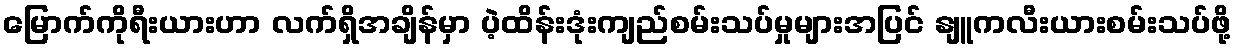
မြောက်ကိုရီးယားဟာ လက်ရှိအချိန်မှာ ပဲ့ထိန်းဒုံးကျည်စမ်းသပ်မှုများအပြင် နျူကလီးယားစမ်းသပ်ဖို့